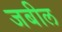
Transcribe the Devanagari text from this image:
जबील